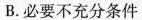
B.必要不充分条件